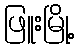
ဖြူးမြို့